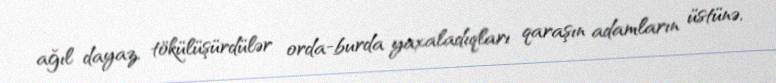
ağıl dayaz, tökülüşürdülər orda-burda yaxaladıqları qaraşın adamların üstünə,